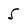
Character: 5